Bréfritari: Malene Jensdóttir
Viðtakandi: Páll Pálsson
Dagsetning: A-1822-01-15
Skrifað á: Hallfreðarstöðum  N-Múl.

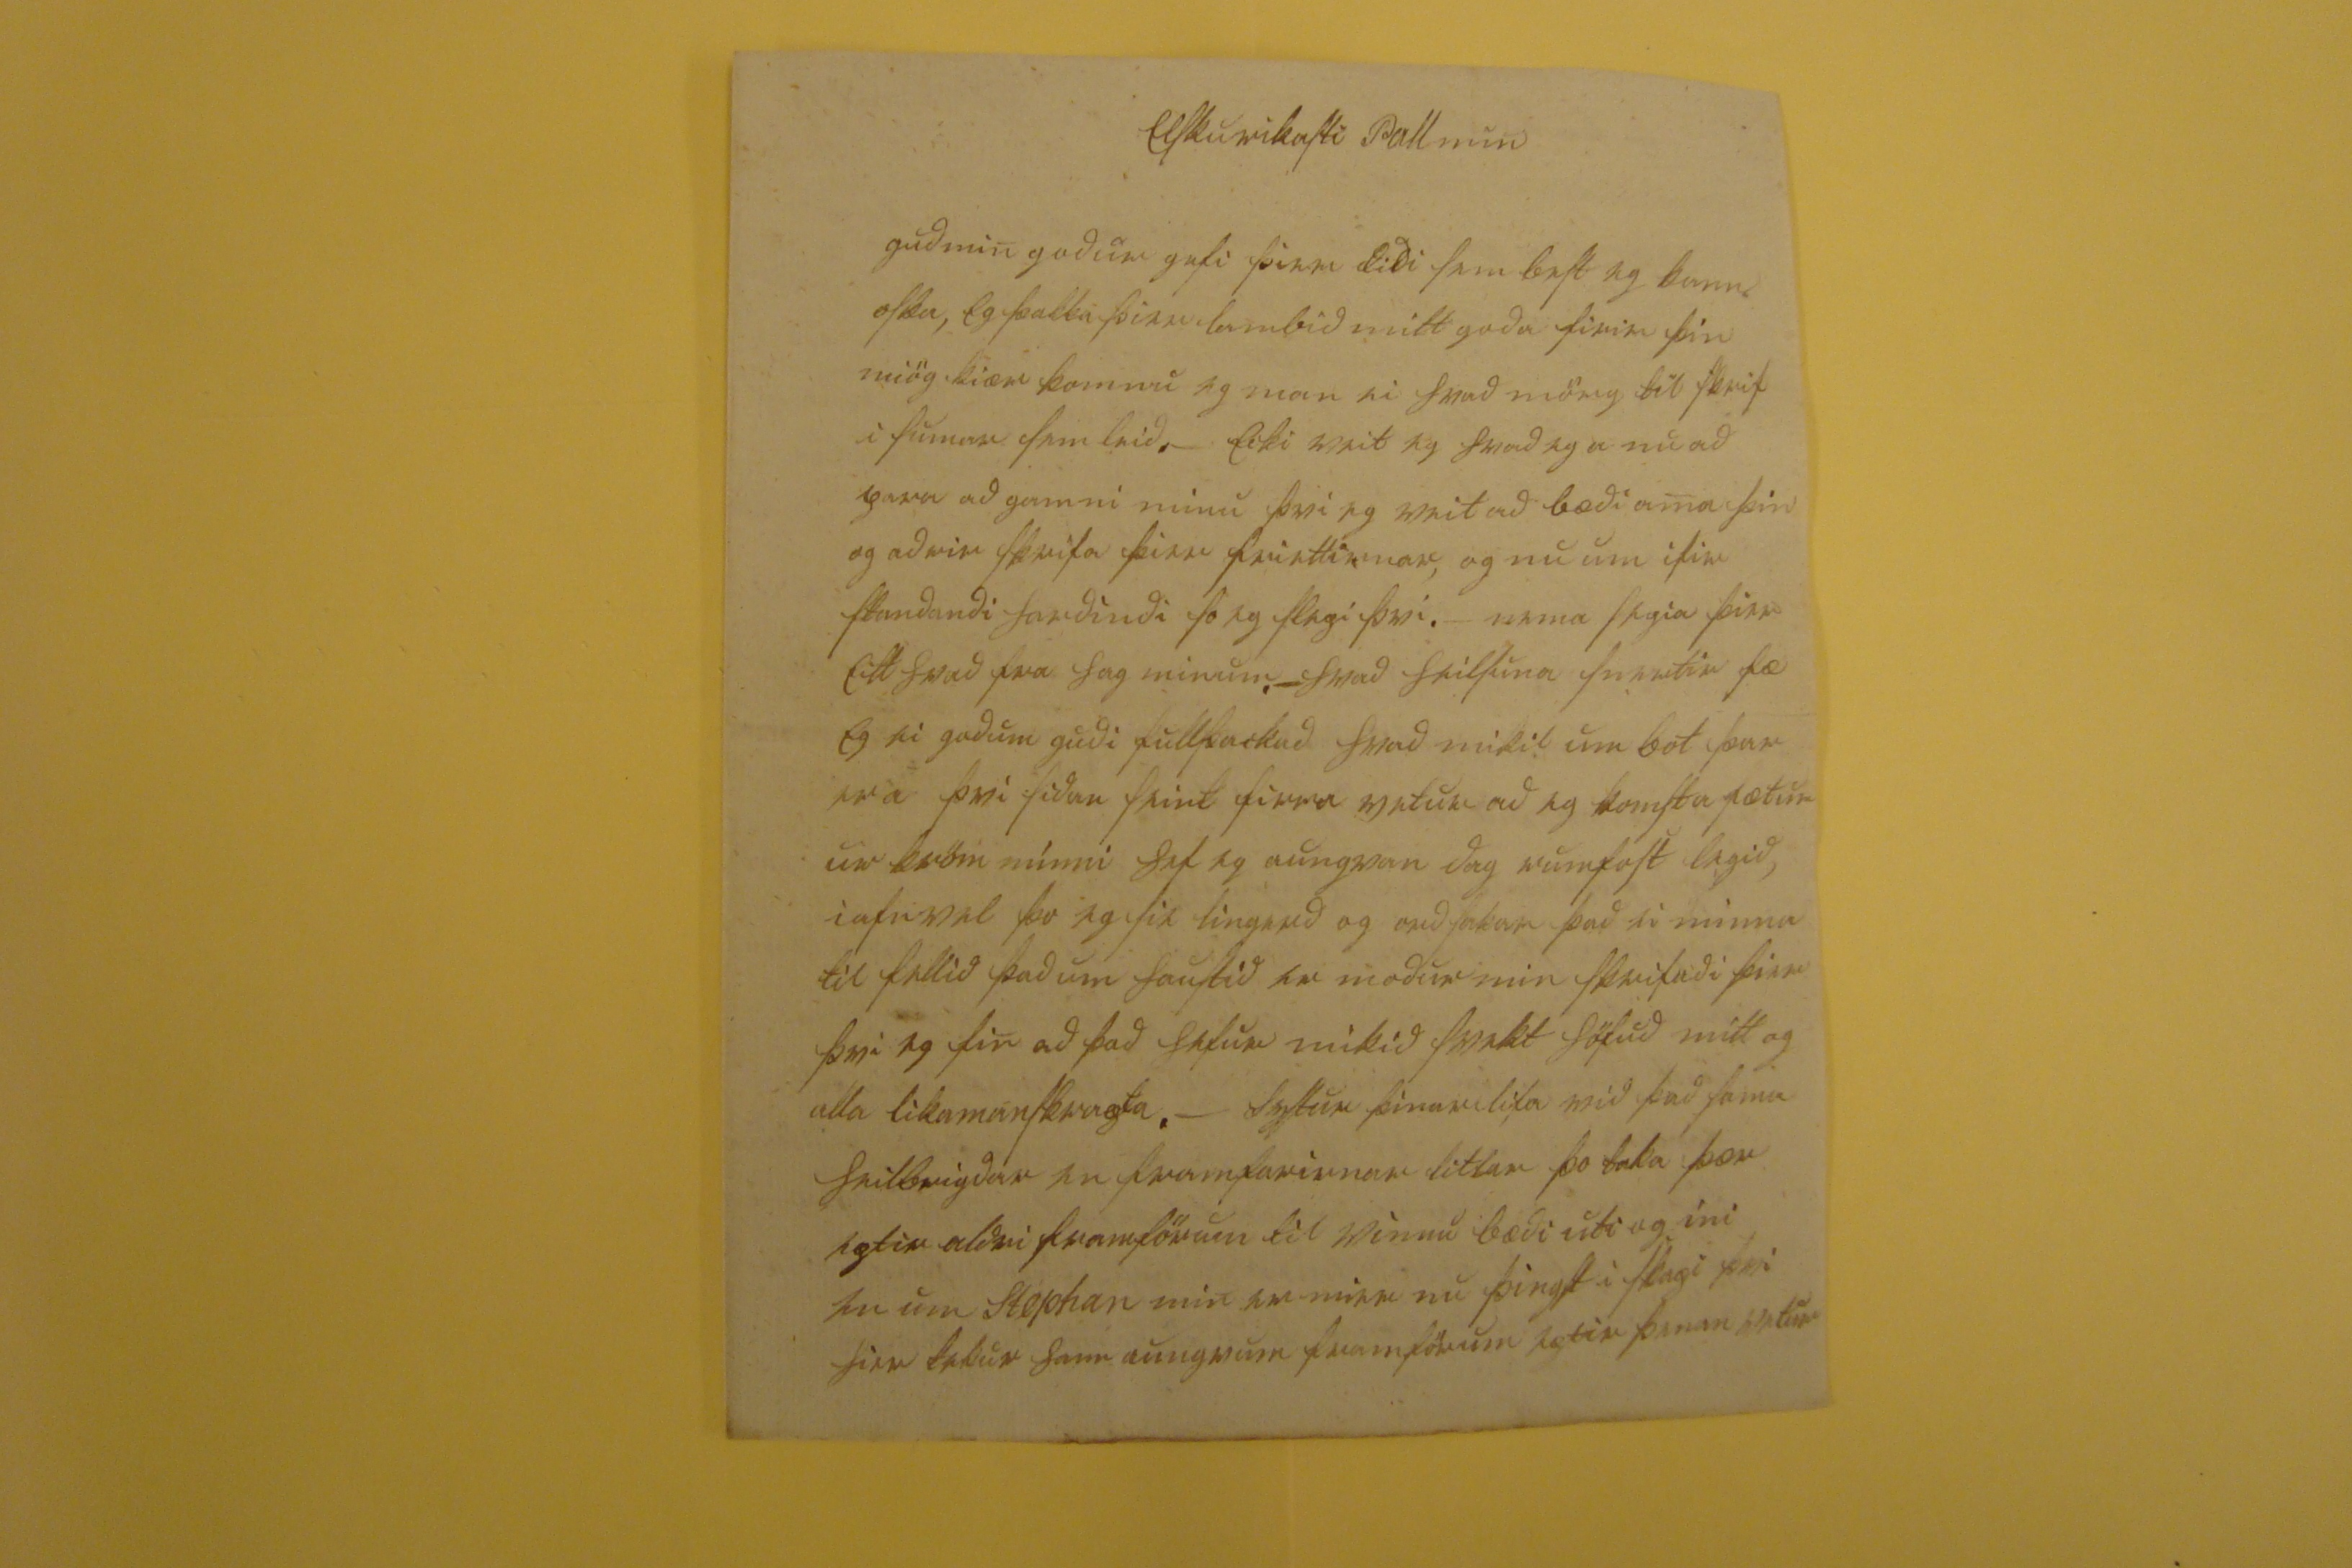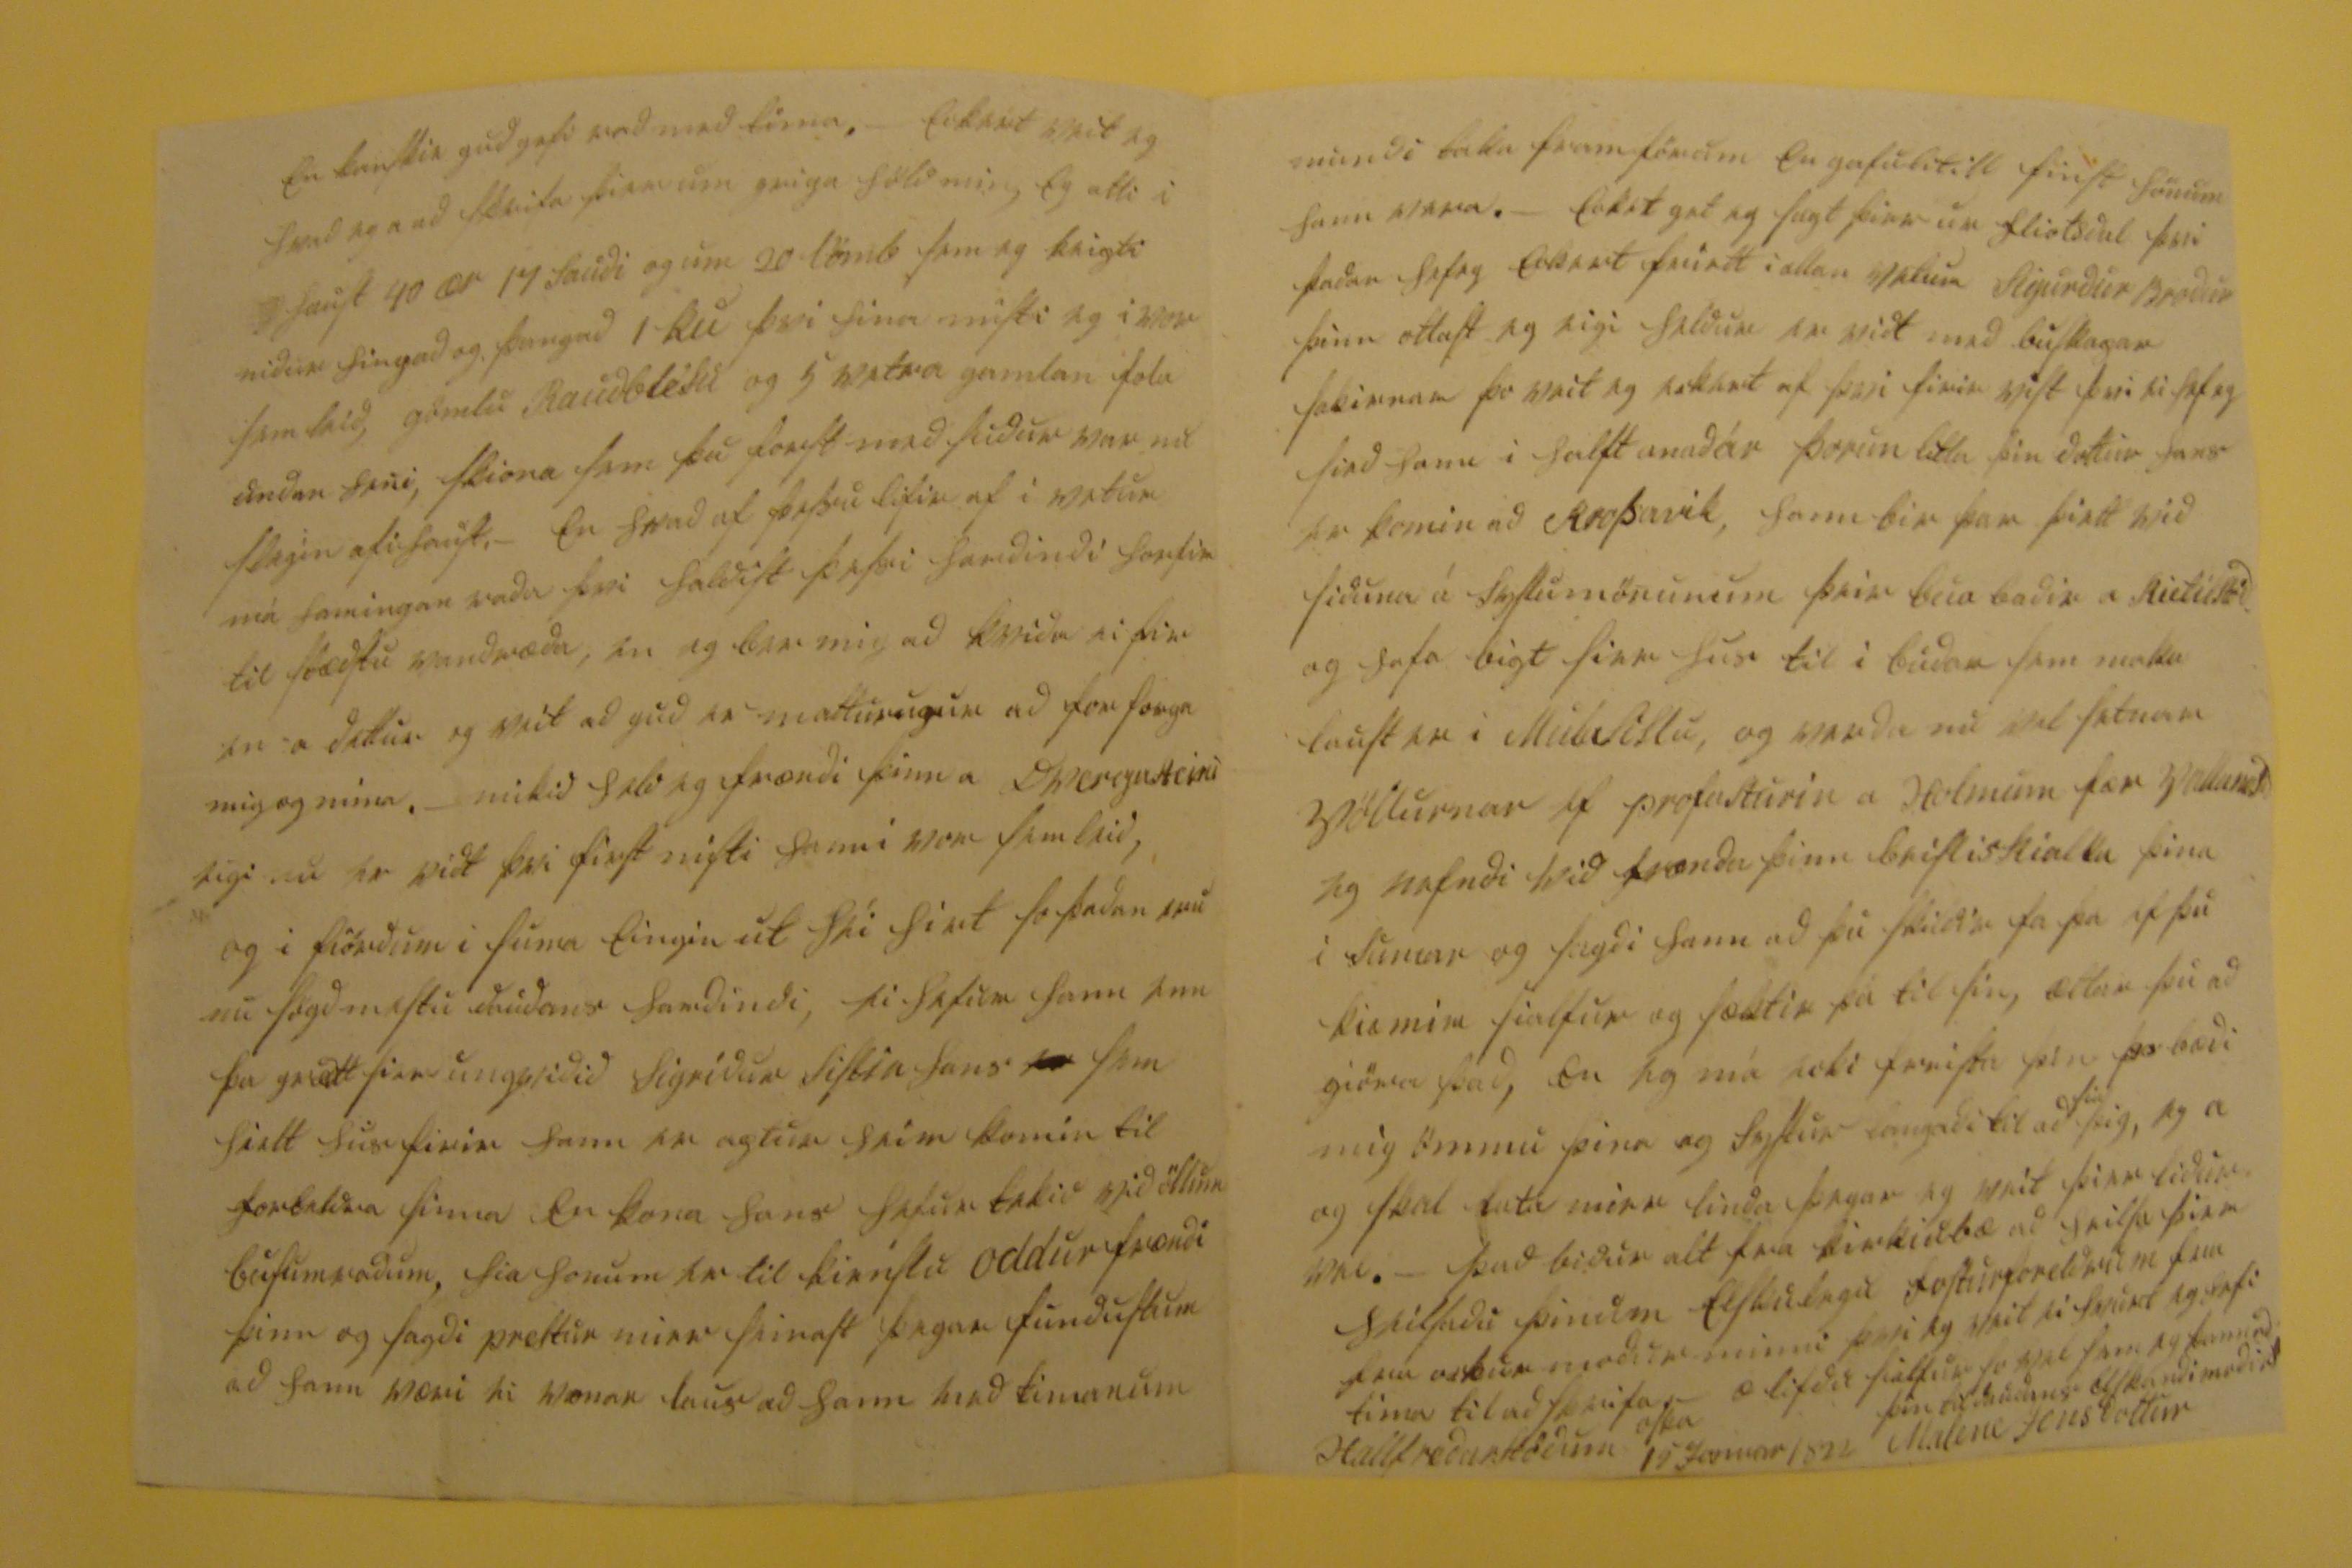

Elskurikasti Pall min
guð min goður gefi þier liði sem best eg kann oska, eg þakka þier lambið mitt goða firir þin miög kiær komnu eg man ei hvað mörg til skrif i sumar sem leið. - ecki veit eg hvað eg er nu að para að gamni minu þvi eg veit að bæði ama þin og aðrir skrifa þier friettirnar og nu um ifir standandi harðindi so eg slepi þvi. - nema segia þier eitthvað fra hag minum. - hvað heilsuna snertir fæ eg ei goðum guði fullþackað hvað mikil umbot þar er a þvi siðan
seint
firra vetur að eg komst a fætur ur
kröm
minni hef eg aungvan dag rumfast legið, iafnvel þo eg sie 00000ð og orðsakar það ei minna til fallið það um haustið en moður min skrifaði þier þvi eg fin að það hefur mikið 000kt höfuð mitt og alla likamanskrapta. - Systur þinar lifa nu það sama heilbrigðar en framfarirnar litlar þo taka þær eptir aldri framförum til vinnu bæði uti og ini en um Stephan min er mier nu þingst i skapi þvi hier tekur hann aungvum framförum eptir þenan vetur
en kanskie guð gefi
ved med
tima, - eckert veit eg hvað eg a að skrifa þier um gripa höld min, eg atti i haust 40 ær 17 sauði og um 20 lömb sem eg keipti niður hingað og þangað 1 ku þvi hina misti eg i vor sem leið, gölu Rauðblésu og 5 vetra gamlan fola undan heni, skiona sem þu forst með suður var nu slegin af i haust. - en hvað af þessu lifir af i vetur má hamingan raða þvi haldist þessi harðindi horfir til stæðst vandræða, en eg bar mig að kviða ei fir en a dettur og veit að guð er
matturugur
að
for sorga
mig og mina. - mikið held eg frændi þinn a Dvergasteini eigi nu er vidt þvi first misti hann i vor sem leið, og i hiörðum i sumar eingin ut
hei hirt
so þaðan eru nu sögð mestu dauðans harðindi, ei hefur hann enn þa
grædtt
firir ungviðið Sigríður sistir hans
00
sem hielt hus firir hann er aptur heim komin til foreldra sinna en kona hans hefur tekið við öllum busumraðum, hia honum er til kienslu Oddur frændi þinn og sagði prestur mier seinast þegar fundustum að hann væri ei vonar laus að hann með timanum
mundi taka fram hönum en gafulitill finst hönum hann vera. - eckert get eg sagt þier ur fliotsdal þvi þadan hefeg eckert friett i allan vetur Sigurdur Brodir þinn ottast eg eigi heldur er vidt med buskapar sakirnar þo veit eg eckert af þvi firir vist þvi eg hef eg sied hann i halft anaðár Þorun litla þin dottur hans er komin ad Krossavik, hann bir þar þiett vid siduna á syslumönunum þeir bua badir a
kietilstöd
og hafa bigt sier hus til i budar sem maka laust er i Mulasislu, og verda nu vel setnar Völlurnar ef profasturin a Holmum fær
Vallanesid
eg nefndi vid frænda þinn
beisliskialka
þina i Sumar og sagdi hann ad þu skildir fa þa ef þu kiæmir sialfur og sæktir þá til þin, ætlar þu ad gjöra það, en eg má ecki freista þin þo bædi mig ömmu þina og systur langadi til ad
sia
þig, eg a og skal lata mier linda þegar eg veit þeir lidur vel. - þad bidur alt fra kirkiubæ ad heilsa þier heilsadu þinum elskulegu fosturforeldrum
sem
fra ockur modur minni þvi eg veit ei hvurt eg hafi tima til ad skrifa
æ lifdu sialfur so vel sem eg kann ad oska
þin til daudans elskandi modir
Malene Jensdottir
Hallfredarstödum 15 Januar 1822